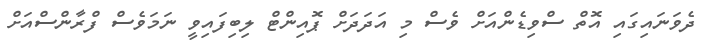
ދެވަނައިގައި އޮތް ސްވިޑެންއަށް ވެސް މި އަދަދަށް ޕޮއިންޓް ލިބިފައިވީ ނަމަވެސް ފްރާންސްއަށް